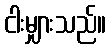
ငါးမျှားသည်။